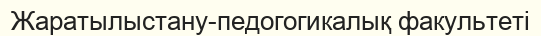
Жаратылыстану-педогогикалық факультеті